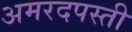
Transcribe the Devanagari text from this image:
अमरदपस्ती